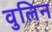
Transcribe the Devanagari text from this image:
वुलिन